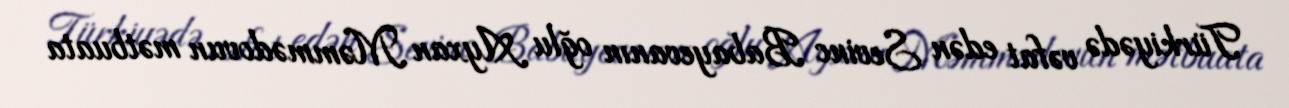
Türkiyədə vəfat edən Sevinc Babayevanın oğlu Ayxan Məmmədovun mətbuata